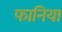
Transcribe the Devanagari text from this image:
फानिया